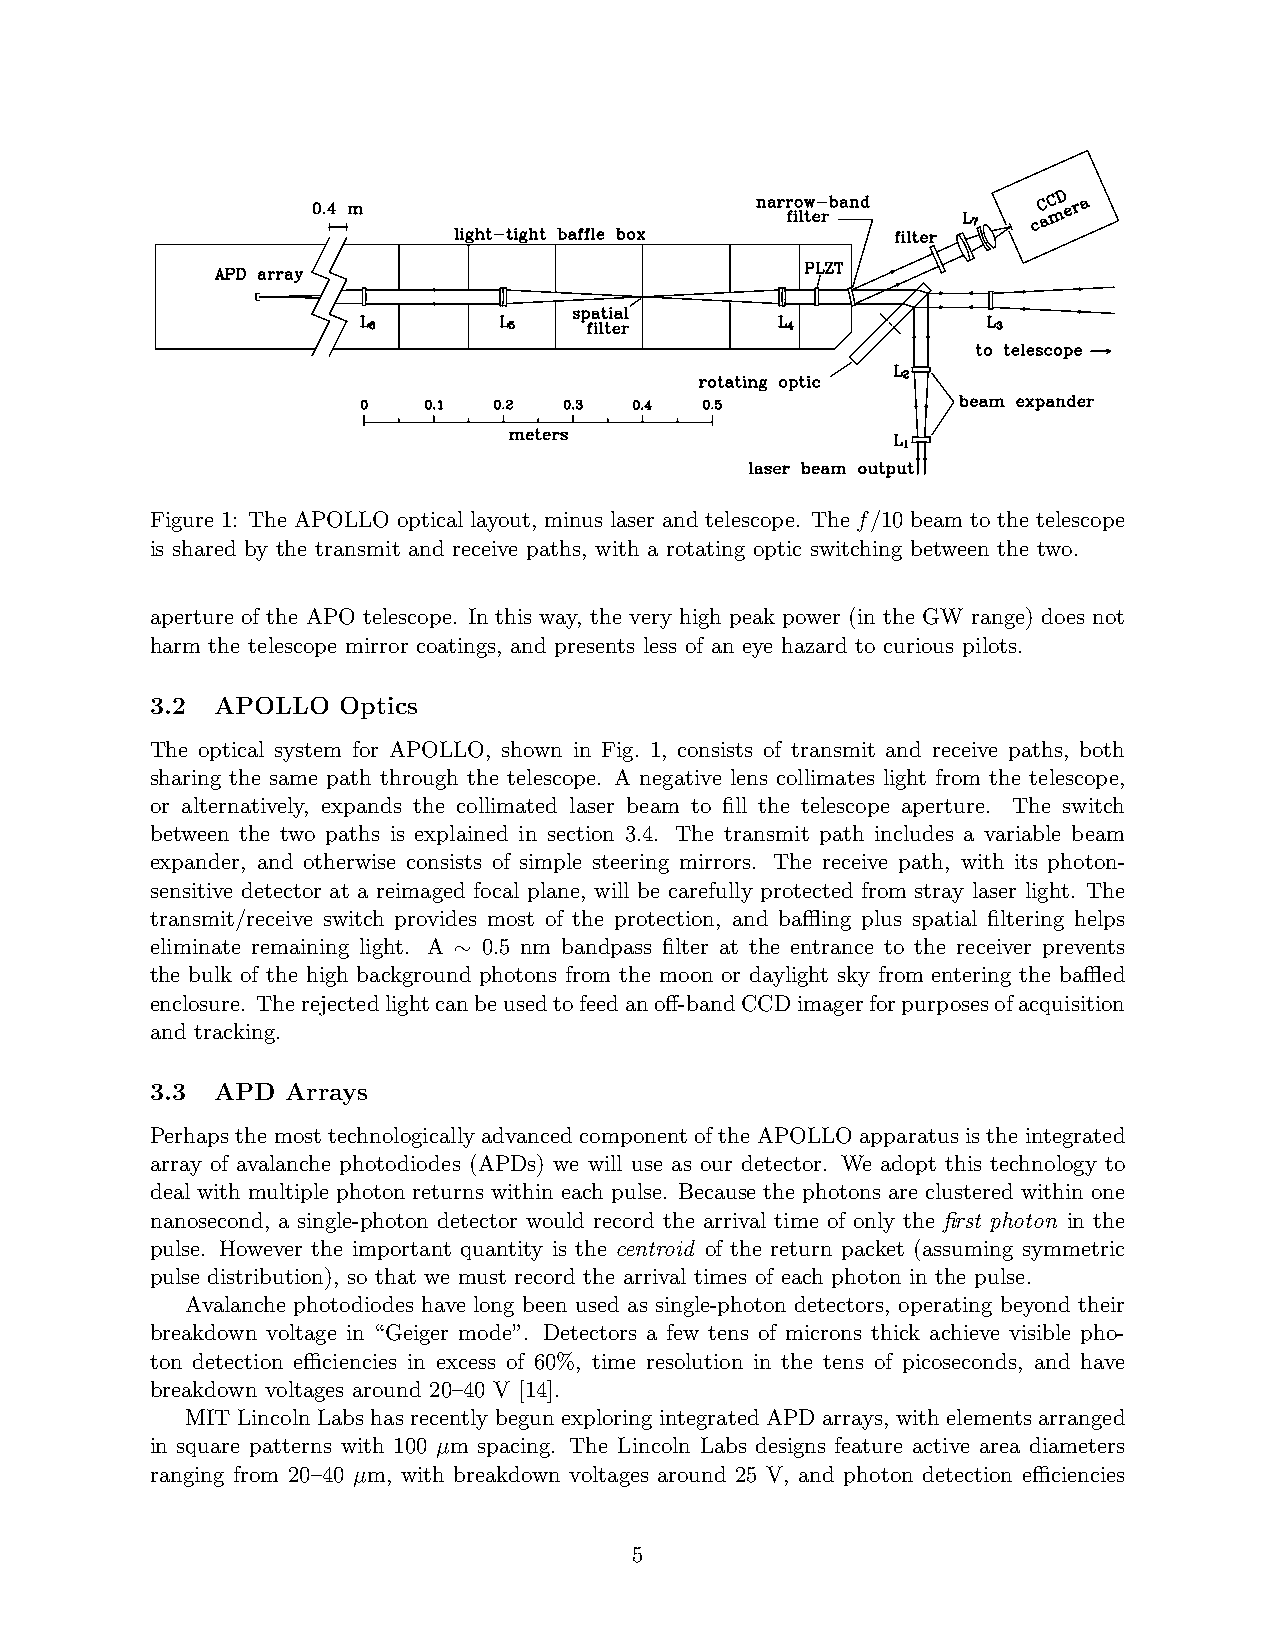
Figure 1: The APOLLO optical layout, minus laser and telescope. The f/10 beam to the telescope
 is shared by the transmit and receive paths, with a rotating optic switching between the two.
 aperture of the APO telescope. In this way, the very high peak power (in the GW range) does not
 harm the telescope mirror coatings, and presents less of an eye hazard to curious pilots.
 3.2 APOLLO  Optics
 The optical system for APOLLO, shown in Fig. 1, consists of transmit and receive paths, both
 sharing the same path through the telescope. A negative lens collimates light from the telescope,
 or alternatively, expands the collimated laser beam to fill the telescope aperture. The switch
 between the two paths is explained in section 3.4. The transmit path includes a variable beam
 expander, and otherwise consists of simple steering mirrors. The receive path, with its photon-
 sensitive detector at a reimaged focal plane, will be carefully protected from stray laser light. The
 transmit/receive switch provides most of the protection, and baffling plus spatial filtering helps
 eliminate remaining light. A ∼ 0.5 nm bandpass filter at the entrance to the receiver prevents
 the bulk of the high background photons from the moon or daylight sky from entering the baffled
 enclosure. Therejectedlightcanbeusedtofeedanoff-bandCCDimagerforpurposesofacquisition
 and tracking.
 3.3 APD  Arrays
 Perhaps the most technologically advanced component of the APOLLO apparatus is the integrated
 array of avalanche photodiodes (APDs) we will use as our detector. We adopt this technology to
 deal with multiple photon returns within each pulse. Because the photons are clustered within one
 nanosecond, a single-photon detector would record the arrival time of only the first photon in the
 pulse. However the important quantity is the centroid of the return packet (assuming symmetric
 pulse distribution), so that we must record the arrival times of each photon in the pulse.
 Avalanche photodiodes have long been used as single-photon detectors, operating beyond their
 breakdown voltage in “Geiger mode”. Detectors a few tens of microns thick achieve visible pho-
 ton detection efficiencies in excess of 60%, time resolution in the tens of picoseconds, and have
 breakdown voltages around 20–40 V [14].
 MIT Lincoln Labs has recently begun exploring integrated APD arrays, with elements arranged
 in square patterns with 100 µm spacing. The Lincoln Labs designs feature active area diameters
 ranging from 20–40 µm, with breakdown voltages around 25 V, and photon detection efficiencies
 5